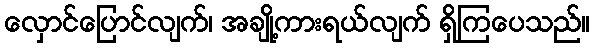
လှောင်ပြောင်လျက်၊ အချို့ကားရယ်လျက် ရှိကြပေသည်။